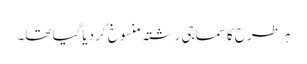
ہر طرح کا سماجی رشتہ منسوخ کر دیاگیا تھا۔